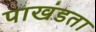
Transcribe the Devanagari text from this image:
पाखंडता